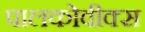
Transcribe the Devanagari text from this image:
पालकोवीक्स